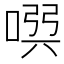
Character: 𠸃